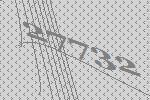
27732